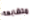
متشابهة